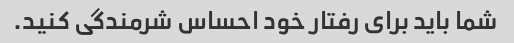
شما باید برای رفتار خود احساس شرمندگی کنید.